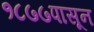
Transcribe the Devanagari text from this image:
१८७७पासून